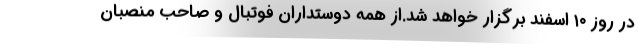
در روز ۱۰ اسفند برگزار خواهد شد.از همه دوستداران فوتبال و صاحب منصبان